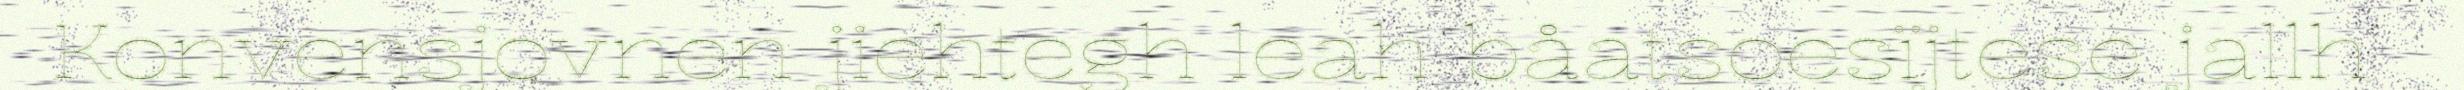
Konvensjovnen jiehtegh leah båatsoesïjtese jallh